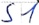
Text: S1